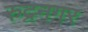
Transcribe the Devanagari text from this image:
रुद्रनगर